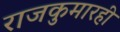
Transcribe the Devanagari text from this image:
राजकुमारही